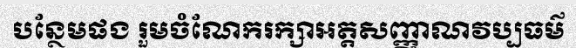
បន្ថែមផង រួមចំណែករក្សាអត្តសញ្ញាណវប្បធម៌